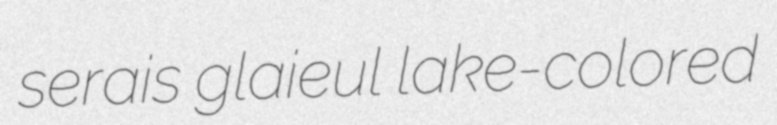
serais glaieul lake-colored